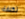
تكلفة